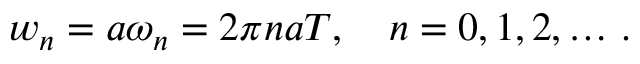
w _ { n } = a \omega _ { n } = 2 \pi n a T , \quad n = 0 , 1 , 2 , \ldots \, { . }